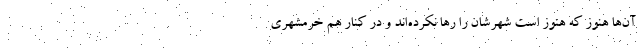
آن‌ها هنوز که هنوز است شهرشان را رها نکرده‌اند و در کنار هم خرمشهری